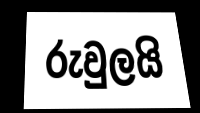
රුවුලයි